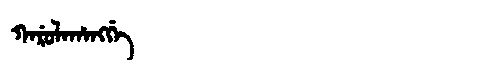
Manchu: ᡴᠠᡵᡠᠯᠠᡥᠠᠩᡤᡝ
Romanization: KARULAHANGGE